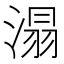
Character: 溻